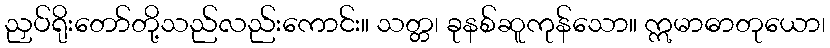
ညှပ်ရိုးတော်တို့သည်လည်းကောင်း။ သတ္တ၊ ခုနစ်ဆူကုန်သော။ ဣမာဓာတုယော၊